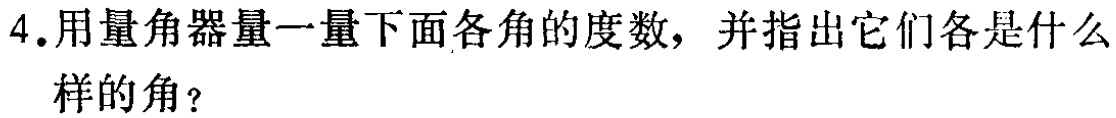
4.用量角器量一量下面各角的度数，并指出它们各是什么样的角？